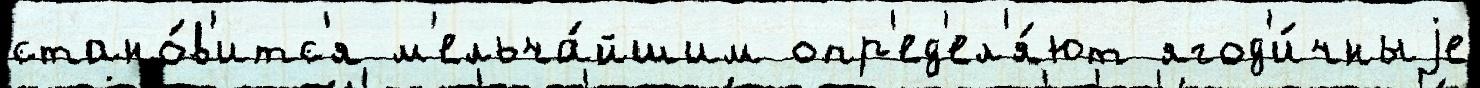
стано́в'итс'я м'ельча́йшим опр'ед'ел'я́ют ягод'и́чныjе